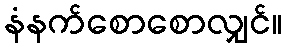
နံနက်စောစောလျှင်။